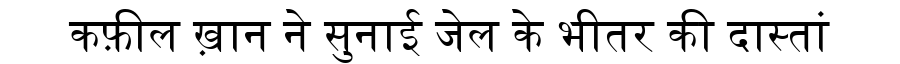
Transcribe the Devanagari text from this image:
कफ़ील ख़ान ने सुनाई जेल के भीतर की दास्तां